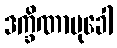
ဒက္ခိဏာမုခေါ